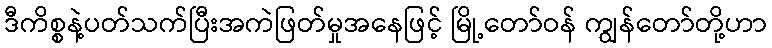
ဒီကိစ္စနဲ့ပတ်သက်ပြီးအကဲဖြတ်မှုအနေဖြင့် မြို့တော်ဝန် ကျွန်တော်တို့ဟာ